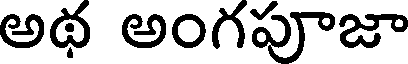
అథ అంగపూజా